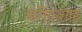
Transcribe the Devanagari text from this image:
जरीफ़शाह